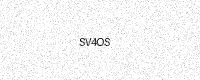
Text: SV4OS